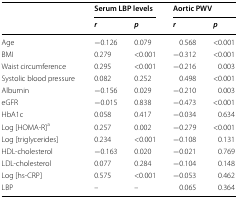
| <ROWSPAN=2>  | <COLSPAN=2> Serum LBP levels | <COLSPAN=2> Aortic PWV |
 | r | p | r | p |
 | --- | --- | --- | --- | --- |
 | Age | −0.126 | 0.079 | 0.568 | <0.001 |
 | BMI | 0.279 | <0.001 | −0.312 | <0.001 |
 | Waist circumference | 0.295 | <0.001 | −0.216 | 0.003 |
 | Systolic blood pressure | 0.082 | 0.252 | 0.498 | <0.001 |
 | Albumin | −0.156 | 0.029 | −0.210 | 0.003 |
 | eGFR | −0.015 | 0.838 | −0.473 | <0.001 |
 | HbA1c | 0.058 | 0.417 | −0.034 | 0.634 |
 | Log [HOMA-R]a | 0.257 | 0.002 | −0.279 | <0.001 |
 | Log [triglycerides] | 0.234 | <0.001 | −0.108 | 0.131 |
 | HDL-cholesterol | −0.163 | 0.020 | −0.021 | 0.769 |
 | LDL-cholesterol | 0.077 | 0.284 | −0.104 | 0.148 |
 | Log [hs-CRP] | 0.575 | <0.001 | −0.053 | 0.462 |
 | LBP | – | – | 0.065 | 0.364 |